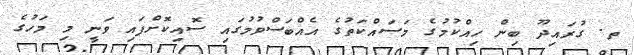
ތ. ގުރައިދޫ ބިން ހިއްކުމުގެ މަސައްކަތުގެ އެއްބަސްވުމުގައި ސޮއިކޮށްފައި ވަނީ މި މަހުގެ